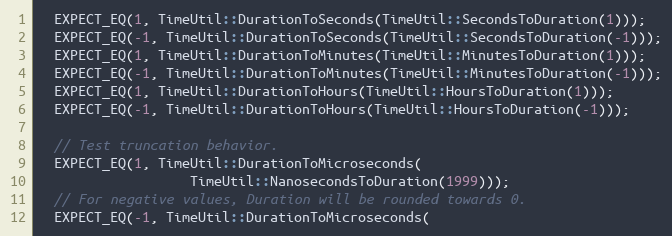
Language: C++
  EXPECT_EQ(1, TimeUtil::DurationToSeconds(TimeUtil::SecondsToDuration(1)));
  EXPECT_EQ(-1, TimeUtil::DurationToSeconds(TimeUtil::SecondsToDuration(-1)));
  EXPECT_EQ(1, TimeUtil::DurationToMinutes(TimeUtil::MinutesToDuration(1)));
  EXPECT_EQ(-1, TimeUtil::DurationToMinutes(TimeUtil::MinutesToDuration(-1)));
  EXPECT_EQ(1, TimeUtil::DurationToHours(TimeUtil::HoursToDuration(1)));
  EXPECT_EQ(-1, TimeUtil::DurationToHours(TimeUtil::HoursToDuration(-1)));

  // Test truncation behavior.
  EXPECT_EQ(1, TimeUtil::DurationToMicroseconds(
                   TimeUtil::NanosecondsToDuration(1999)));
  // For negative values, Duration will be rounded towards 0.
  EXPECT_EQ(-1, TimeUtil::DurationToMicroseconds(